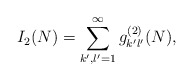
\begin{align*}I_2(N)= \sum_{k',l'=1}^{\infty}g_{k'l'}^{(2)}(N),\end{align*}